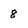
Character: 8